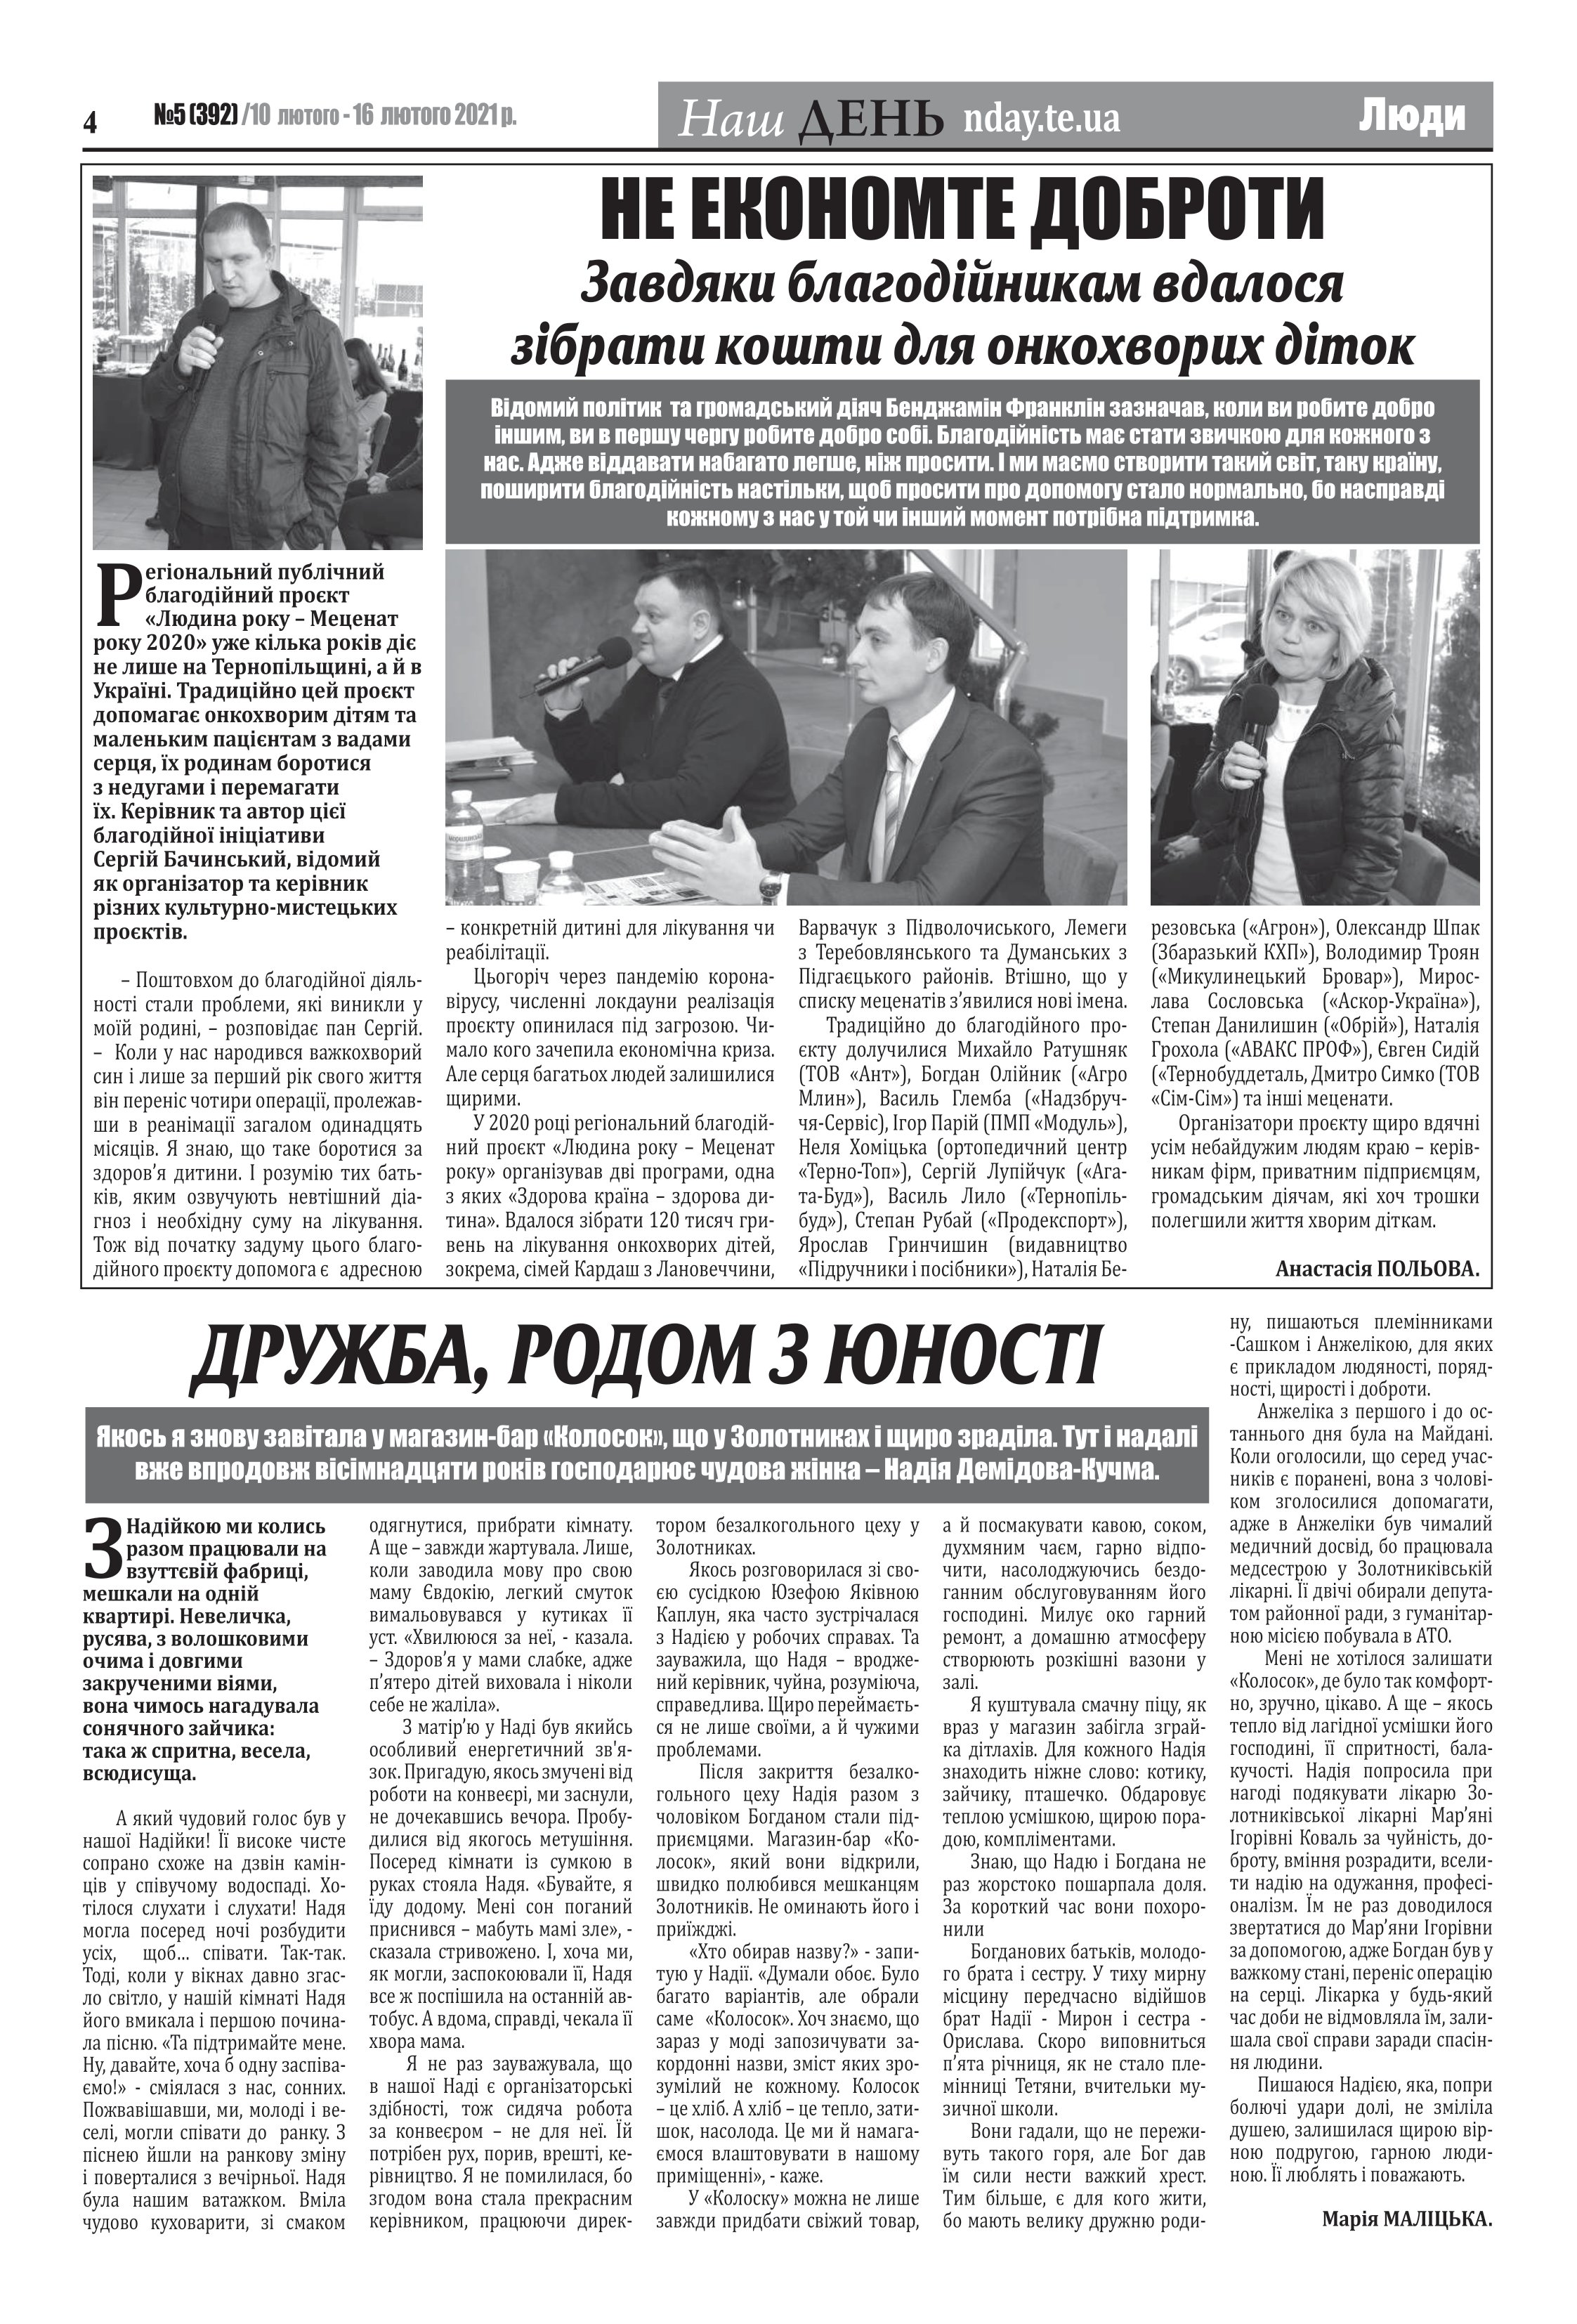
Language: uk